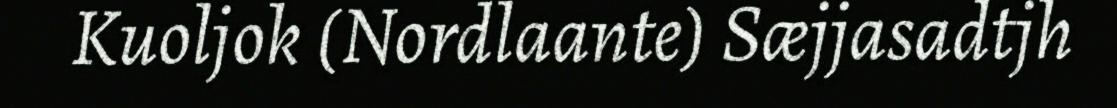
Kuoljok (Nordlaante) Sæjjasadtjh